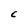
Character: E